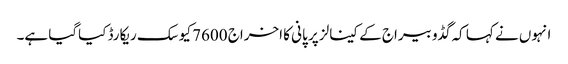
انہوں نے کہا کہ گڈو بیراج کے کینالز پر پانی کا اخراج 7600 کیوسک ریکارڈ کیاگیا ہے۔